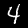
Digit: 4